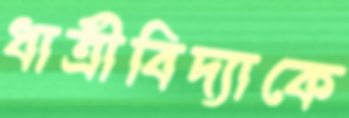
ধাত্রীবিদ্যাকে